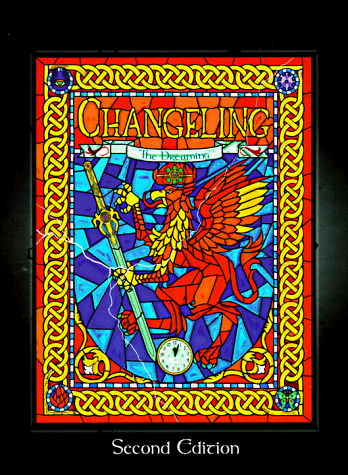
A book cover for Changeling: The Dreaming 2nd Ed *OP (World of Darkness); Richard Dansky; Science Fiction & Fantasy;